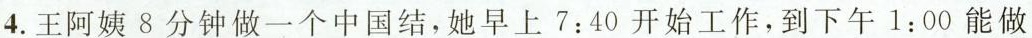
4.王阿姨8分钟做一个中国结，她早上7:40开始工作，到下午1:00能做